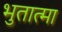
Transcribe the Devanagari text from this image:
भुतात्मा